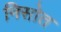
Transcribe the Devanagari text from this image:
निसोत